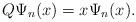
LaTeX: \begin{align*}Q\Psi_n(x)=x\Psi_n(x).\end{align*}